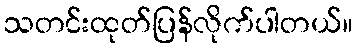
သတင်းထုတ်ပြန်လိုက်ပါတယ်။